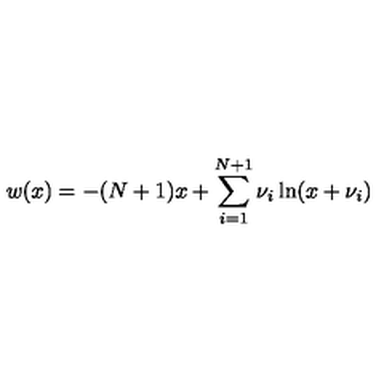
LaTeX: w ( x ) = - ( N + 1 ) x + \sum _ { i = 1 } ^ { N + 1 } \nu _ { i } \ln ( x + \nu _ { i } )